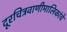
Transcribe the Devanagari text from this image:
दूरचित्रवाणीमालिकांचे